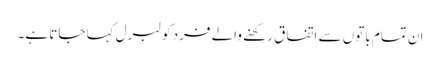
ان تمام باتوں سے اتفاق رکھنے والے فرد کو لبرل کہا جاتا ہے۔